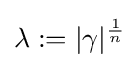
\lambda :=|\gamma |^{\frac {1}{n}}